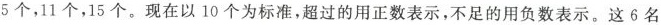
5个，11个，15个。现在以10个为标准，超过的用正数表示，不足的用负数表示。这6名